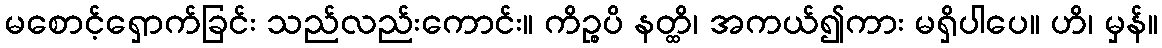
မစောင့်ရှောက်ခြင်း သည်လည်းကောင်း။ ကိဉ္စပိ နတ္ထိ၊ အကယ်၍ကား မရှိပါပေ။ ဟိ၊ မှန်။